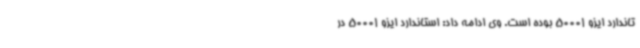
تاندارد ایزو 50001 بوده است. وی ادامه داد: استاندارد ایزو 50001 در